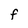
Character: F